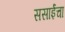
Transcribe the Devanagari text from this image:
ससाईंचा